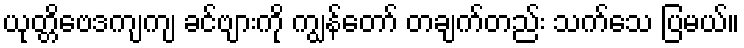
ယုတ္တိဗေဒကျကျ ခင်ဗျားကို ကျွန်တော် တချက်တည်း သက်သေ ပြမယ်။